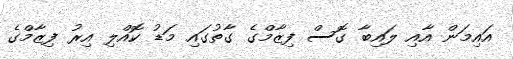
އައިމަން އާއި ލައިބާ ގޮސް ފިޒާމްގެ ގާތުގައި މަޑު ކޮއްލި އިރު ފިޒާމްގެ